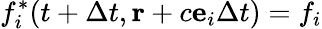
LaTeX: f_{i}^{*}(t+\Delta t,\mathbf{r}+c{\mathbf e}_{i}\Delta t)=f_{i}